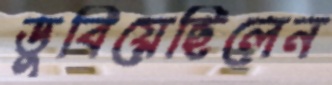
ডুবিয়েছিলেন